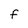
Character: F